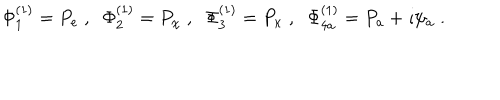
LaTeX: \Phi _ { 1 } ^ { ( 1 ) } = P _ { e } \; , \; \; \Phi _ { 2 } ^ { ( 1 ) } = P _ { \chi } \; , \; \; \Phi _ { 3 } ^ { ( 1 ) } = P _ { \kappa } \; , \; \; \Phi _ { 4 a } ^ { ( 1 ) } = P _ { a } + \imath \psi _ { a } \; .